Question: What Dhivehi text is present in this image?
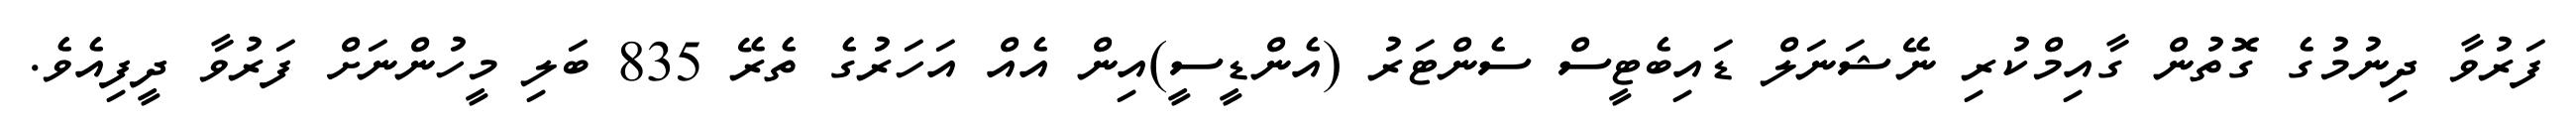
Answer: ފަރުވާ ދިނުމުގެ ގޮތުން ގާއިމްކުރި ނޭޝަނަލް ޑައިބެޓީސް ސެންޓަރު (އެންޑީސީ)އިން އެއް އަހަރުގެ ތެރޭ 835 ބަލި މީހުންނަށް ފަރުވާ ދީފިއެވެ.